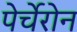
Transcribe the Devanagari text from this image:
पेर्चेरोन